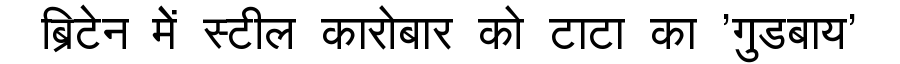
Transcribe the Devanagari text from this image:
ब्रिटेन मेें स्टील कारोबार को टाटा का 'गुडबाय'